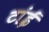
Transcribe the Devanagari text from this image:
टांई